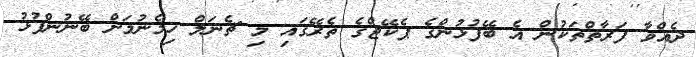
ދެއްވާ ފަރާތްތަކުން އެ ބޭފުޅުންގެ ޕެކޭޖްގެ ތެރޭގައި މި ޗެނަލް ހިމެނުމަށް ބޭނުންފުޅު